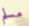
مسلم